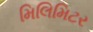
મિલિમિટર